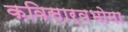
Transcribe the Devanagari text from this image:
कविसार्वभोमा